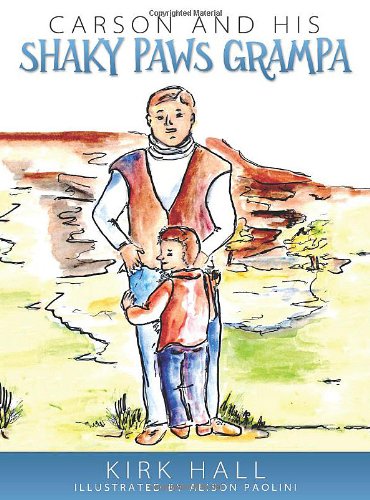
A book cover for Carson and His Shaky Paws Grampa; Kirk Hall; Health, Fitness & Dieting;